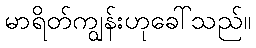
မာရိတ်ကျွန်းဟုခေါ်သည်။